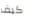
كيف